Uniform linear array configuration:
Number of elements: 64
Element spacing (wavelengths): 0.5
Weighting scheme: kaiser
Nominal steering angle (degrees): -15
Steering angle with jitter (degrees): -16.12
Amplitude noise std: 0.05
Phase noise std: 0.05

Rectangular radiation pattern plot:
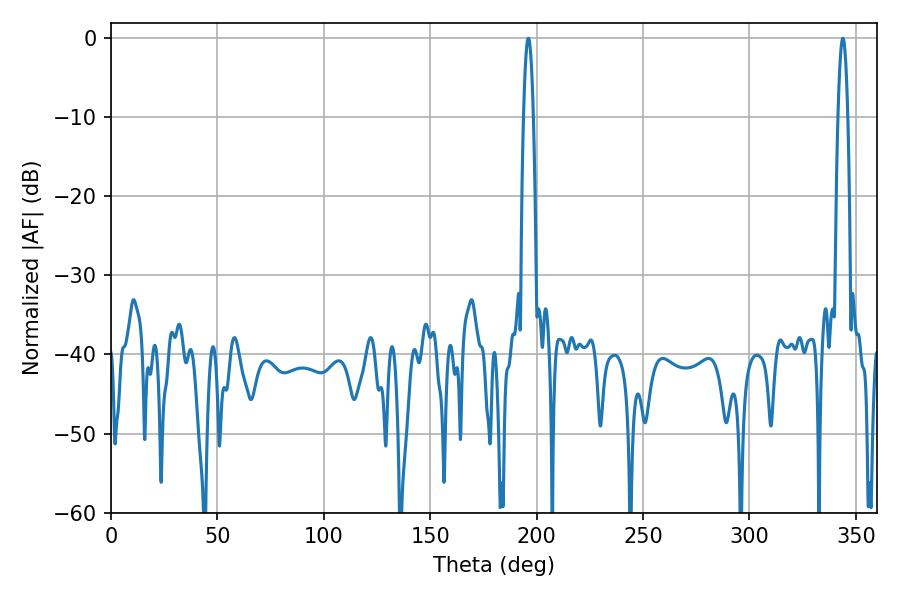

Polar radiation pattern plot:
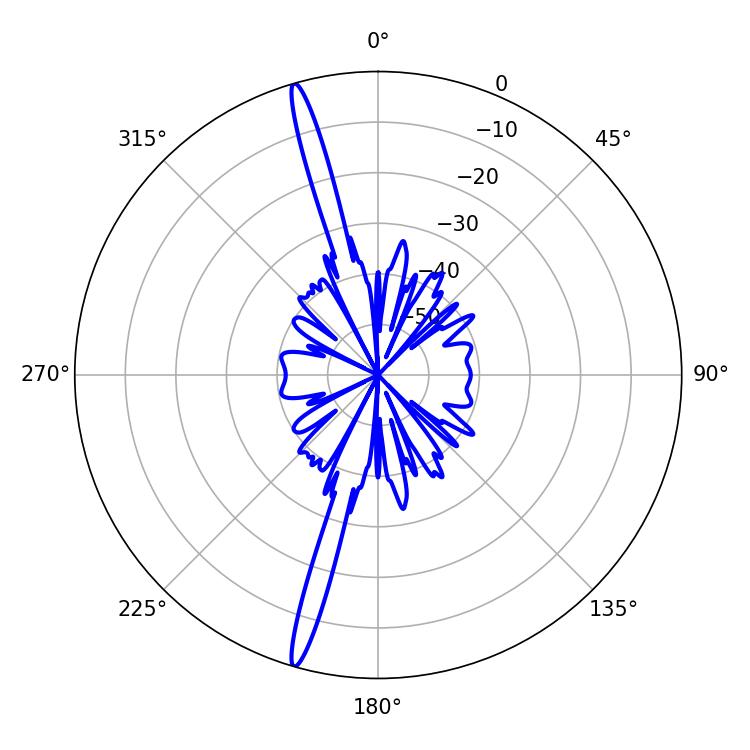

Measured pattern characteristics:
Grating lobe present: FALSE
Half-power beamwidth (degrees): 2.34
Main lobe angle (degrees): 196.02